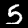
Label: 5